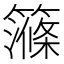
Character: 𥴽